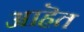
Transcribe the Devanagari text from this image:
आहॆत